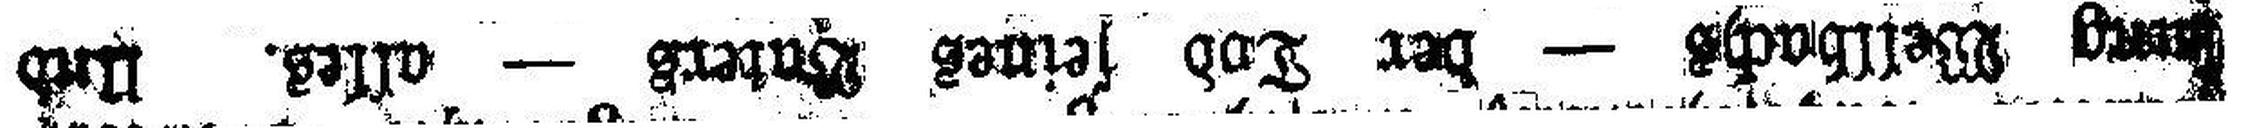
###ung Wellbachs — der Tod seines Vabers — alles. Und